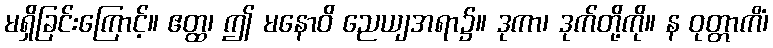
မရှိခြင်းကြောင့်။ ဧတ္ထ၊ ဤ မနောဝိ ညေယျအရာ၌။ ဒုကာ၊ ဒုက်တို့ကို။ န ဝုတ္တာကိံ၊